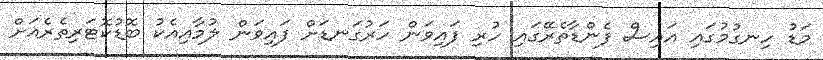
މަޑު ހިނގުމުގައި އައިސް ފެންޑާތެރޭގައި ހުރި ފައިވަން ހަރުގަނޑަށް ފައިވަން ލުމާއިއެކު ބޮޑުކޮޓަރިތެރެއަށް